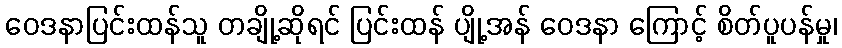
ဝေဒနာပြင်းထန်သူ တချို့ဆိုရင် ပြင်းထန် ပျို့အန် ဝေဒနာ ကြောင့် စိတ်ပူပန်မှု၊